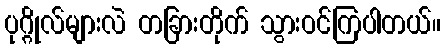
ပုဂ္ဂိုလ်များလဲ တခြားတိုက် သွားဝင်ကြပါတယ်။